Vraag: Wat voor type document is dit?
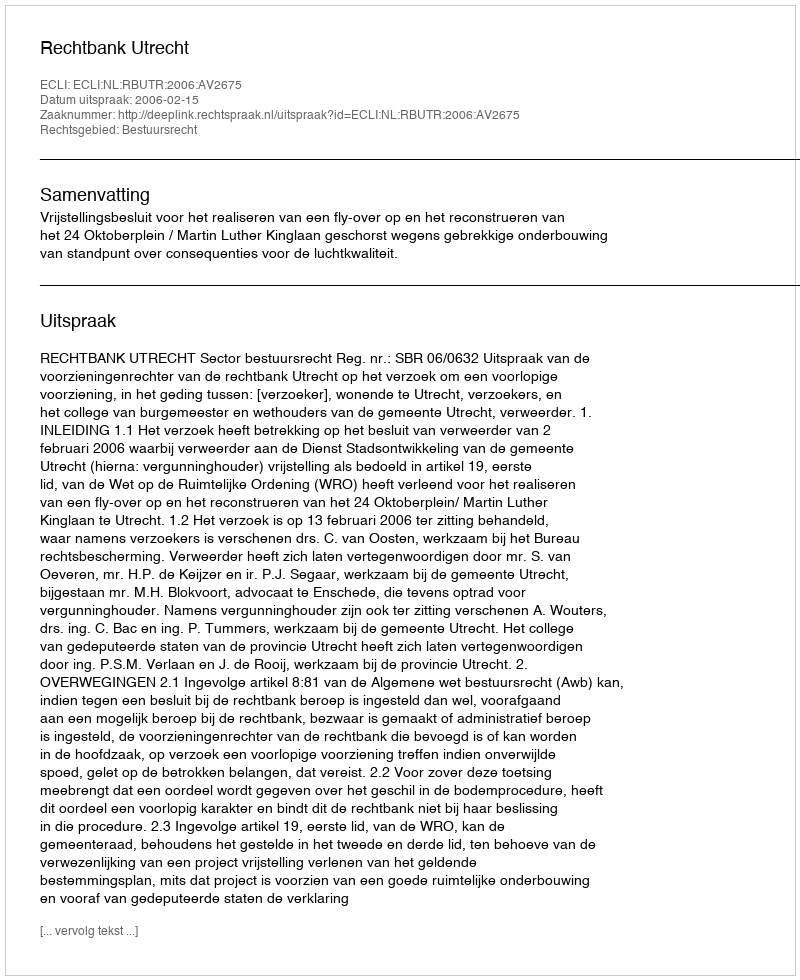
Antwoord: Uitspraak